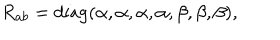
{ R _ { a b } = \textrm { d i a g } ( \alpha , \alpha , \alpha , \alpha , \beta , \beta , \beta ) , }